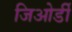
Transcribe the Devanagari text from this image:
जिओर्डी